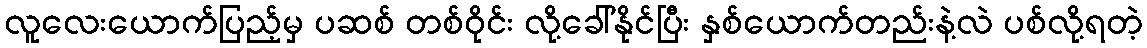
လူလေးယောက်ပြည့်မှ ပဆစ် တစ်ဝိုင်း လို့ခေါ်နိုင်ပြီး နှစ်ယောက်တည်းနဲ့လဲ ပစ်လို့ရတဲ့